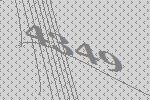
4349